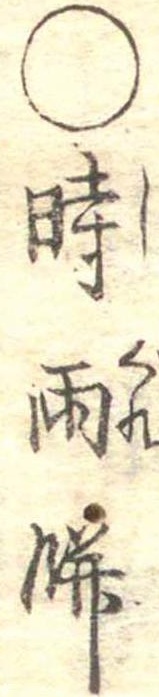
○時雨餅